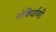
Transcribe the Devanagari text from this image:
नोकिर्वाणी